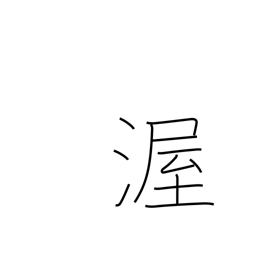
Meaning: kindness